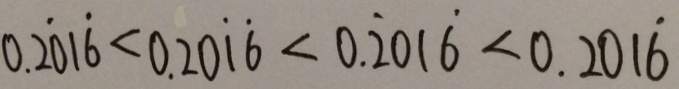
0 . 2 \dot { 0 } 1 \dot { 6 } < 0 . 2 0 \dot { 1 } \dot { 6 } < 0 . \dot { 2 } 0 1 \dot { 6 } < 0 . 2 0 1 \dot { 6 }